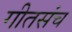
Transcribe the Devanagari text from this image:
गीतसंच